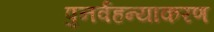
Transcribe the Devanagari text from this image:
पुनर्वहन्‍याकरण